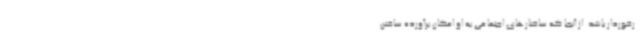
رخوردار باشد. از آنجا که ساختارهای اجتماعی به او امکان برآورده ساختن